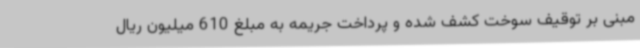
مبنی بر توقیف سوخت کشف شده و پرداخت جریمه به مبلغ 610 میلیون ریال